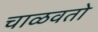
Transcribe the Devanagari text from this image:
चाळवतो